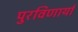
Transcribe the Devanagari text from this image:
पुरविणार्या